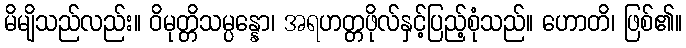
မိမျိသည်လည်း။ ဝိမုတ္တိသမ္ပန္နော၊ အရဟတ္တဖိုလ်နှင့်ပြည့်စုံသည်။ ဟောတိ၊ ဖြစ်၏။